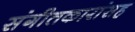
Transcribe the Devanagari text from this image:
संगीतकारांसह